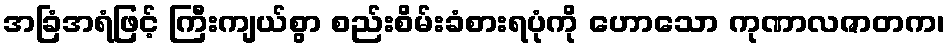
အခြံအရံဖြင့် ကြီးကျယ်စွာ စည်းစိမ်းခံစားရပုံကို ဟောသော ကုဏာလဇာတက၊